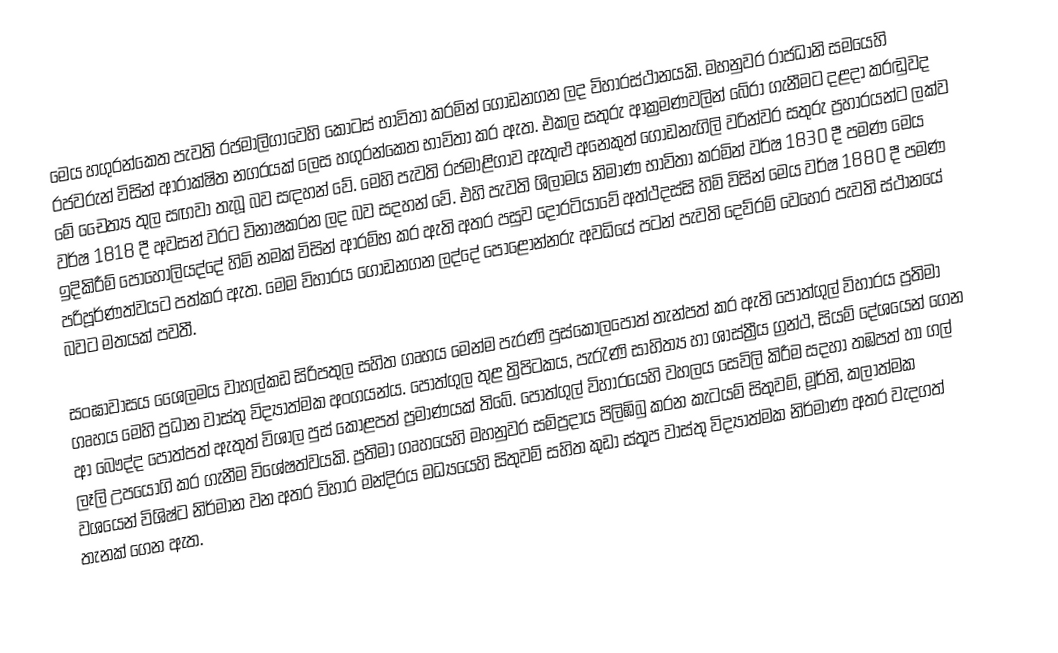
මෙය හගුරන්කෙත පැවති රජමාලිගාවෙහි කොටස් භාවිතා කරමින් ගොඩනගන ලද විහාරස්ථානයකි. මහනුවර රාජධානි සමයෙහි රජවරුන් විසින් ආරාක්ෂිත නගරයක් ලෙස හගුරන්කෙත භාවිතා කර ඇත.  එකල සතුරු ආක්‍රමණවලින් බේරා ගැනීමට දළදා කරඬුවද මේ චෙෙත්‍ය තුල සඟවා තැබූ බව සඳහන් වේ. මෙහි පැවති රජමාළිගාව ඇතුළු අනෙකුත් ගොඩනැගිලි වරින්වර සතුරු ප්‍රහාරයන්ට ලක්ව වර්ෂ 1818 දී අවසන් වරට විනාෂකරන ලද බව සදහන් වේ. එහි පැවති ශිලාමය නිමාණ භාවිතා කරමින් වර්ෂ 1830 දී පමණ මෙය ඉදිකිරීම් පොහොලියද්දේ හිමි නමක් විසින් ආ⁣රම්භ කර ඇති අතර පසුව දොරටියාවේ අත්ථදස්සි හිමි විසින් මෙය වර්ෂ 1880 දී පමණ පරිපූර්ණත්වයට පත්කර ඇත. මෙම විහාරය ගොඩනගන ලද්දේ පොළොන්නරු අවධියේ පටන් පැවති දෙව්රම් වෙහෙර පැවති ස්ථානයේ බවට මතයක් පවතී.

සංඝාවාසය ශෙෙලමය වාහල්කඩ සිරිපතුල සහිත ගෘහය මෙන්ම පැරණි පුස්කොලපොත් තැන්පත් කර ඇති පොත්ගුල් විහාරය ප්‍රතිමා ගෘහය මෙහි ප්‍රධාන වාස්තු විද්‍යාත්මක අංගයන්ය‍. පොත්ගුල තුළ ත්‍රිපිටකය, පැරැණි සාහිත්‍ය හා ශාස්‌ත්‍රීය ග්‍රන්ථ, සියම් දේශයෙන් ගෙන ආ බෞද්ද පොත්පත් ඇතුත් විශාල පුස්‌ කොළපත් ප්‍රමාණයක් තිබේ. පොත්ගුල් විහාරයෙහි වහලය සෙවිලි කිරීම සදහා තඹපත් හා ගල් ලෑලි උපයෝගි කර ගැනීම විශේෂත්වයකි. ප්‍රතිමා ගෘහයෙහි මහනුවර සම්ප්‍රදාය පිලිඹිබු කරන කැටයම් සිතුවම්, මූර්ති, කලාත්මක වශයෙන් විශිෂ්ට නිර්මාන වන අතර විහාර මන්දිරය මධ්‍යයෙහි සිතුවම් සහිත කුඩා ස්තූප වාස්තු විද්‍යාත්මක නිර්මාණ අතර වැදගත් තැනක් ගෙන ඇත.